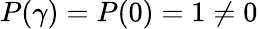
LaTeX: P(\gamma)=P(0)=1\neq 0